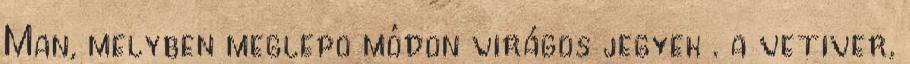
Man, melyben meglepõ módon virágos jegyek . a vetiver,